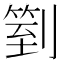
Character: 𠟅